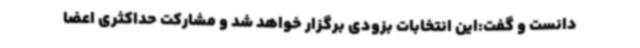
دانست و گفت:این انتخابات بزودی برگزار خواهد شد و مشارکت حداکثری اعضا